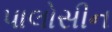
પાલોસીન